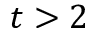
t > 2